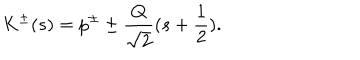
K ^ { \pm } ( s ) = p ^ { \pm } \pm \frac { Q } { \sqrt { 2 } } ( s + \frac { 1 } { 2 } ) .